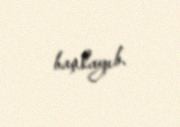
başlayıb.